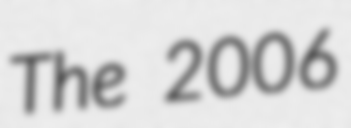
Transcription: The 2006